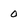
Character: 0